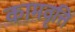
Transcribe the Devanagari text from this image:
कामवृत्ति